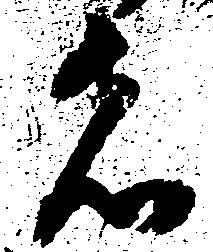
者